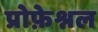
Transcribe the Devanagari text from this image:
प्रोफ़ेश्नल